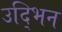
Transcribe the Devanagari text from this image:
उद्भिन